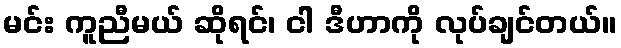
မင်း ကူညီမယ် ဆိုရင်၊ ငါ ဒီဟာကို လုပ်ချင်တယ်။